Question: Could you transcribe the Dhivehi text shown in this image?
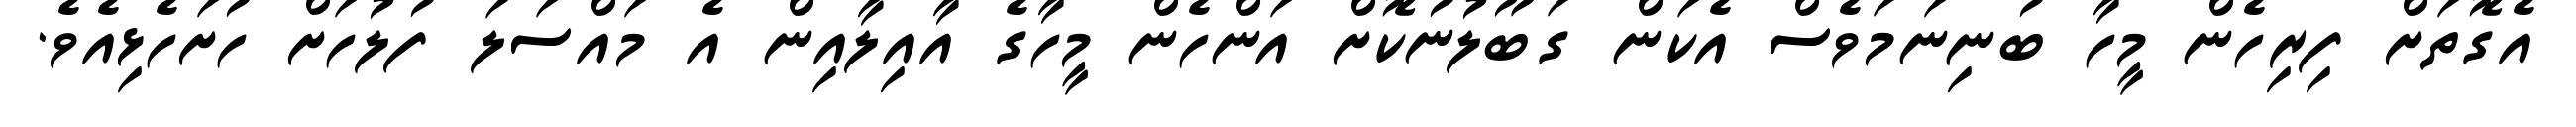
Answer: އެގޮތަށް ފިރިހެން މީހާ ބުނިނަމަވެސް އެކަން ގަބޫލުނުކޮށް އަންހެން މީހާގެ އާއިލާއިން އެ މައްސަލަ ފުލުހަށް ހުށަހެޅިއެވެ.